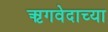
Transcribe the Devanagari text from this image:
ऋगवेदाच्या